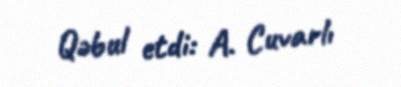
Qəbul etdi: A. Cuvarlı